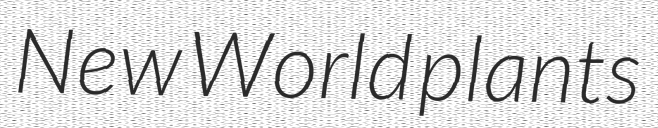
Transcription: New World plants